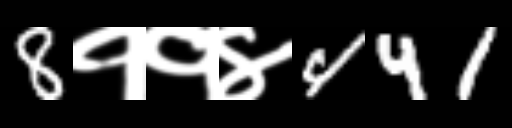
Text: 8११४441